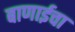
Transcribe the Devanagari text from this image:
बाणाईचा